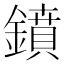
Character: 鐼